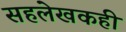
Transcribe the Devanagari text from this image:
सहलेखकही